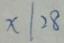
x \vert 2 8